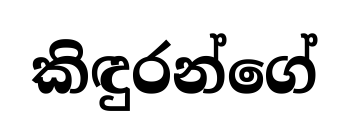
කිඳුරන්ගේ